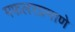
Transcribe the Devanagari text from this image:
मफलरप्रमाणे